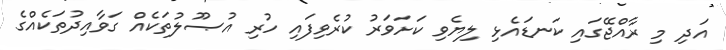
އަދި މި ރާއްޖޭގައި ކަނޑައެޅި ލިޔެވި ކަށަވަރު ކުރެވިފައި ހުރި އުޞޫލުތަކެއް ގަވާއިދުތަކެއްގެ